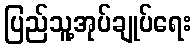
ပြည်သူ့အုပ်ချုပ်ရေး